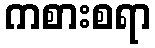
ကစားစရာ